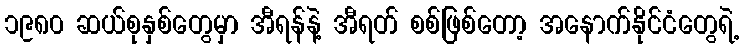
၁၉၈၀ ဆယ်စုနှစ်တွေမှာ အီရန်နဲ့ အီရတ် စစ်ဖြစ်တော့ အနောက်နိုင်ငံတွေရဲ့